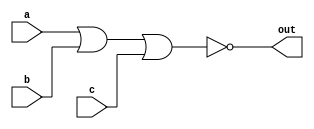
module nor_gate(a,b,c,out);
    input a,b,c;
    output out;

    assign out = ~(a||b||c);
endmodule